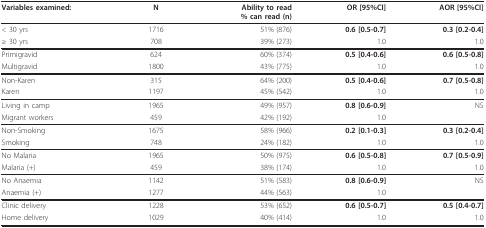
<table><thead><tr><td><b>Variables examined:</b></td><td><b>N</b></td><td><b>Ability to read% can read (n)</b></td><td><b>OR [95%CI]</b></td><td><b>AOR [95%CI]</b></td></tr></thead><tbody><tr><td>&lt; 30 yrs</td><td>1716</td><td>51% (876)</td><td><b>0.6 [0.5-0.7]</b></td><td><b>0.3 [0.2-0.4]</b></td></tr><tr><td>≥ 30 yrs</td><td>708</td><td>39% (273)</td><td>1.0</td><td>1.0</td></tr><tr><td>Primigravid</td><td>624</td><td>60% (374)</td><td><b>0.5 [0.4-0.6]</b></td><td><b>0.6 [0.5-0.8]</b></td></tr><tr><td>Multigravid</td><td>1800</td><td>43% (775)</td><td>1.0</td><td>1.0</td></tr><tr><td>Non-Karen</td><td>315</td><td>64% (200)</td><td><b>0.5 [0.4-0.6]</b></td><td><b>0.7 [0.5-0.8]</b></td></tr><tr><td>Karen</td><td>1197</td><td>45% (542)</td><td>1.0</td><td>1.0</td></tr><tr><td>Living in camp</td><td>1965</td><td>49% (957)</td><td><b>0.8 [0.6-0.9]</b></td><td>NS</td></tr><tr><td>Migrant workers</td><td>459</td><td>42% (192)</td><td>1.0</td><td></td></tr><tr><td>Non-Smoking</td><td>1675</td><td>58% (966)</td><td><b>0.2 [0.1-0.3]</b></td><td><b>0.3 [0.2-0.4]</b></td></tr><tr><td>Smoking</td><td>748</td><td>24% (182)</td><td>1.0</td><td>1.0</td></tr><tr><td>No Malaria</td><td>1965</td><td>50% (975)</td><td><b>0.6 [0.5-0.8]</b></td><td><b>0.7 [0.5-0.9]</b></td></tr><tr><td>Malaria (+)</td><td>459</td><td>38% (174)</td><td>1.0</td><td>1.0</td></tr><tr><td>No Anaemia</td><td>1142</td><td>51% (583)</td><td><b>0.8 [0.6-0.9]</b></td><td>NS</td></tr><tr><td>Anaemia (+)</td><td>1277</td><td>44% (563)</td><td>1.0</td><td></td></tr><tr><td>Clinic delivery</td><td>1228</td><td>53% (652)</td><td><b>0.6 [0.5-0.7]</b></td><td><b>0.5 [0.4-0.7]</b></td></tr><tr><td>Home delivery</td><td>1029</td><td>40% (414)</td><td>1.0</td><td>1.0</td></tr></tbody></table>